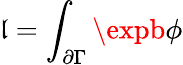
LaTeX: \mathfrak{l}=\int_{\partial\Gamma}\expb\phi